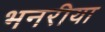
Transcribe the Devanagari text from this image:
भनरीया